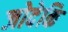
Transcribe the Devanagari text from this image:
जोदेकि